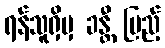
ရန်သူရှိမှ ခန္တီ ပြည့်